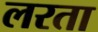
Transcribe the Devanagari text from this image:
लरता